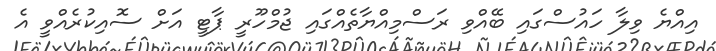
އިއްޔެ ވިލާ ހައުސްގައި ބޭއްވި ރަސްމިއްޔާތެއްގައި ޖުމްހޫރީ ޕާޓީ އަށް ސޮއިކުރެއްވީ އެ